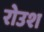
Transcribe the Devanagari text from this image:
रोउश